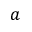
a